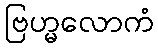
ဗြဟ္မလောကံ